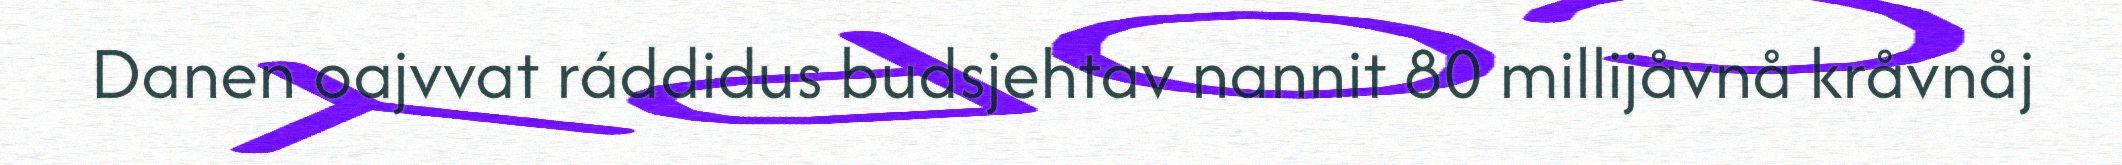
Danen oajvvat ráddidus budsjehtav nannit 80 millijåvnå kråvnåj